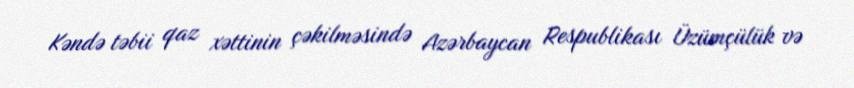
Kəndə təbii qaz xəttinin çəkilməsində Azərbaycan Respublikası Üzümçülük və